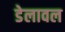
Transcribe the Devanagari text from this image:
डेलावल